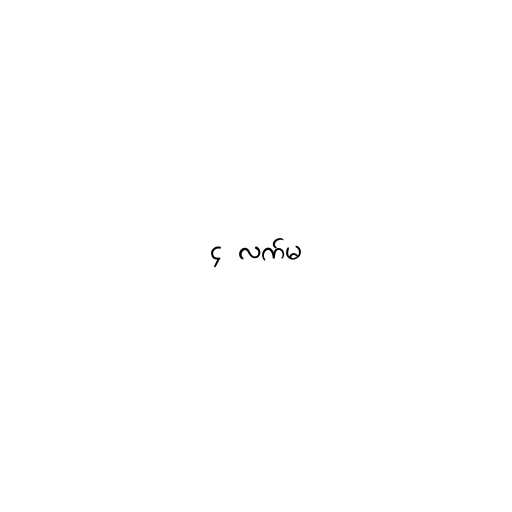
၄ လက်မ